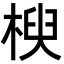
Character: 楰